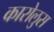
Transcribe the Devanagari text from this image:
कारोलुस